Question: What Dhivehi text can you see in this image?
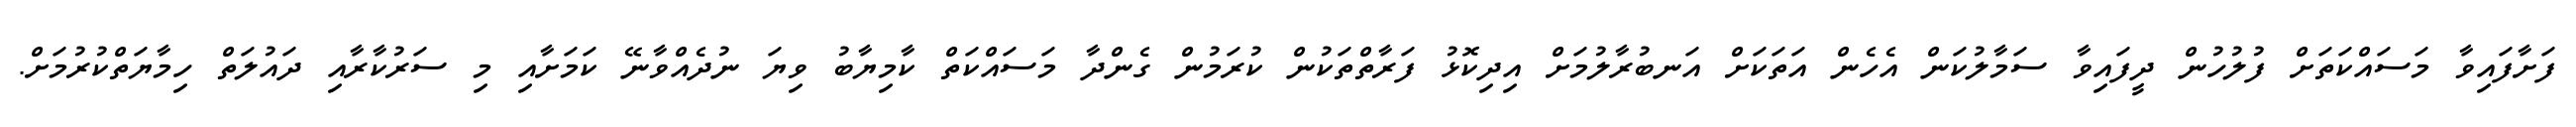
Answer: ފަށާފައިވާ މަސައްކަތަށް ފުލުހުން ދީފައިވާ ސަމާލުކަން އެހެން އަތަކަށް އަނބުރާލުމަށް އިދިކޮޅު ފަރާތްތަކުން ކުރަމުން ގެންދާ މަސައްކަތް ކާމިޔާބު ވިޔަ ނުދެއްވާނޭ ކަމަށާއި މި ސަރުކާރާއި ދައުލަތް ހިމާޔަތްކުރުމަށް.